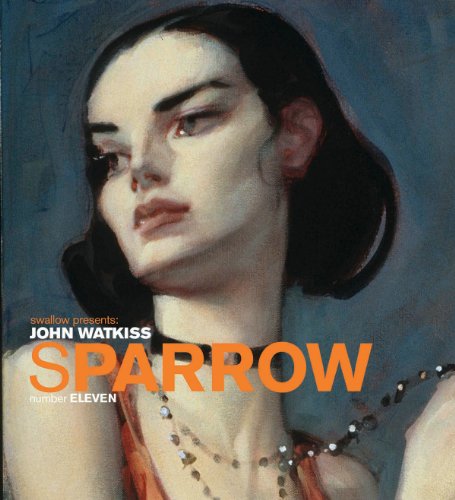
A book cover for Sparrow Volume 11: John Watkiss (Art Book Series); John Watkiss; Comics & Graphic Novels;